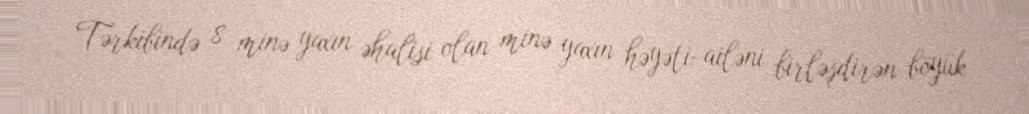
Tərkibində 8 minə yaxın əhalisi olan minə yaxın həyəti-ailəni birləşdirən böyük